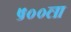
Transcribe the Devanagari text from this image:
५००ला